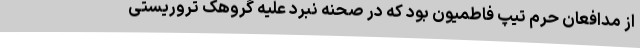
از مدافعان حرم تیپ فاطمیون بود که در صحنه نبرد علیه گروهک تروریستی